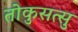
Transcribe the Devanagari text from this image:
तोकुसत्सु